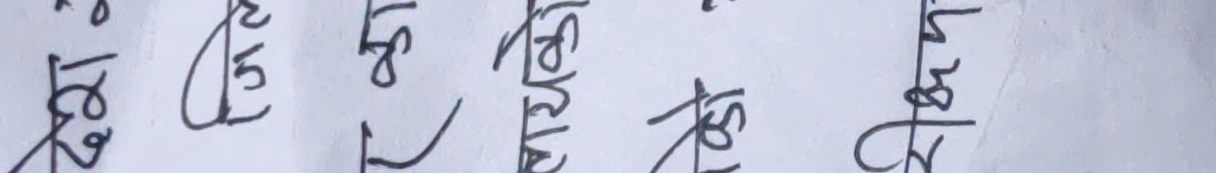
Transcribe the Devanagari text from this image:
तेईस पच्चीस सट बिस बाइस पैतीस चालीस